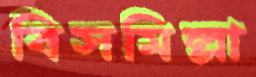
বিসমিল্লা